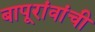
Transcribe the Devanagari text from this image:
बापूरांवांची